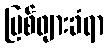
မြစ်ဖျားခံရာ